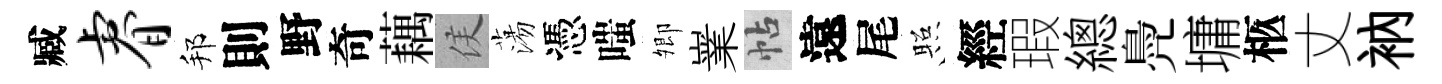
臧睿邦則野奇藕侯蕩憑嗤𡖖嶪帖遠尾照經瑕總鳧墉柩丈衲